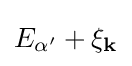
E_{\alpha '}+\xi _{\mathbf {k} }